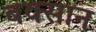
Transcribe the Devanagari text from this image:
बक्सान